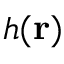
h ( \mathbf { r } )